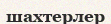
шахтерлер